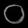
Digit: ၀